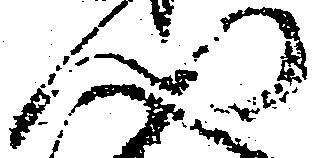
門